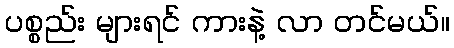
ပစ္စည်း များရင် ကားနဲ့ လာ တင်မယ်။